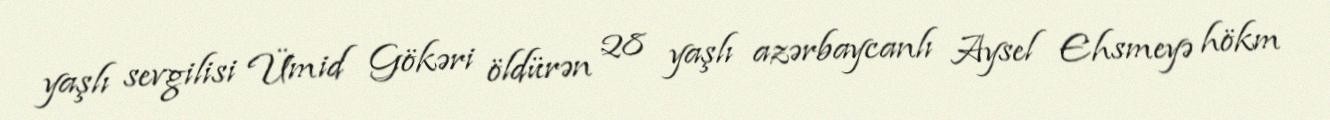
yaşlı sevgilisi Ümid Gökəri öldürən 28 yaşlı azərbaycanlı Aysel Ehsmeyə hökm